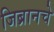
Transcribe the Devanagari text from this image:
जिब्रानचे